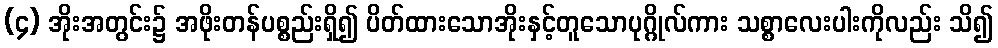
(၄) အိုးအတွင်း၌ အဖိုးတန်ပစ္စည်းရှိ၍ ပိတ်ထားသောအိုးနှင့်တူသောပုဂ္ဂိုလ်ကား သစ္စာလေးပါးကိုလည်း သိ၍